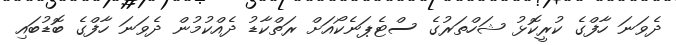
ދެވަނަ ހާފްގެ ކުރީކޮޅު ޝަހްތަރުގެ ސްޓެޕަނެކޯއަށް ރަތްކާޑު ދެއްކުމުން ދެވަނަ ހާފްގެ ބޮޑުބައި